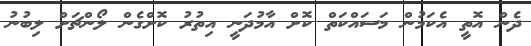
ދެން އޮތީ އެކަމުން މަސައްކަތް ކޮށް އާމުދަނީ އިތުރު ކޮށްގެން ލޯންޗަށް ލިބުނު